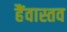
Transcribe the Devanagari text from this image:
हैंवास्तव